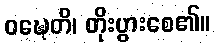
ဝဍ္ဎေတိ၊ တိုးပွားစေ၏။